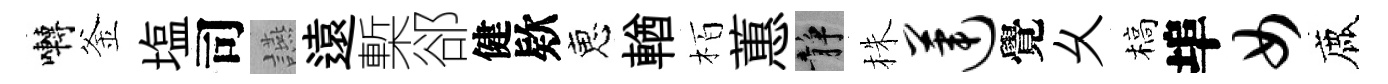
囀釜塩司讌遠槧郤健欵恵輶栢蕙静株莲覺乆槁埠女鹿